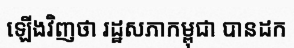
ឡើងវិញថា រដ្ឋសភាកម្ពុជា បានដក